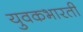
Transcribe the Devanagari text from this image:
युवकभारती